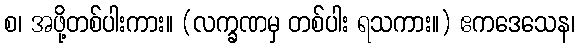
စ၊ အဖို့တစ်ပါးကား။ (လက္ခဏမှ တစ်ပါး ရသကား။) ဧကဒေသေန၊